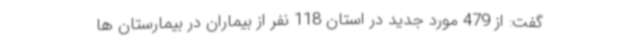
گفت: از 479 مورد جدید در استان 118 نفر از بیماران در بیمارستان ها